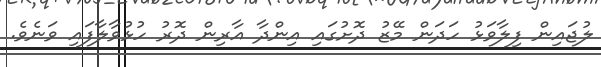
ލުޖައިން ފިލާވަޅު ހަދަން މޭޒު ދޮށުގައި އިންދާ އާރިން ދޮރު ހުޅުވާލާފައި ވަނެވެ.